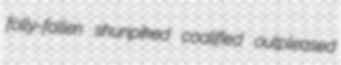
folly-fallen shunpiked coalified outpleased